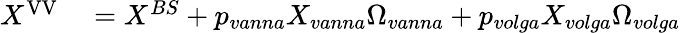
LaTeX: \begin{array}{rl}{X^{\mathrm{{VV}}}}&{{}=X^{BS}+p_{vanna}X_{vanna}\Omega_{vanna}+p_{volga}X_{volga}\Omega_{volga}}\end{array}